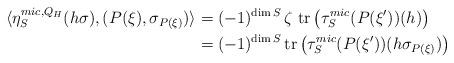
LaTeX: \begin{align*} \langle \eta_{S}^{mic,Q_{H}}(h\sigma), (P(\xi),\sigma_{P(\xi)})\rangle &=(-1)^{\dim S} \, \zeta \ \mathrm{tr}\left( \tau_{S}^{mic}(P(\xi'))(h)\right) \\& = (-1)^{\dim S}\, \mathrm{tr}\left( \tau_{S}^{mic}(P(\xi'))(h\sigma_{P(\xi)})\right)\end{align*}